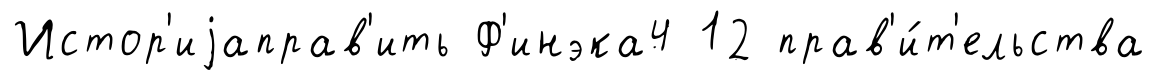
Истор'иjаправ'ить Ф'инэка4 12 прав'и́т'ельства